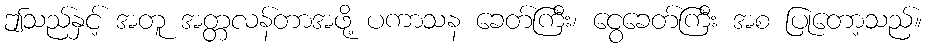
ဤသည်နှင့် အတူ အတ္တလန်တာအဖို့ ပကာသန ခေတ်ကြီး၊ ငွေခေတ်ကြီး အစ ပြုတော့သည်။